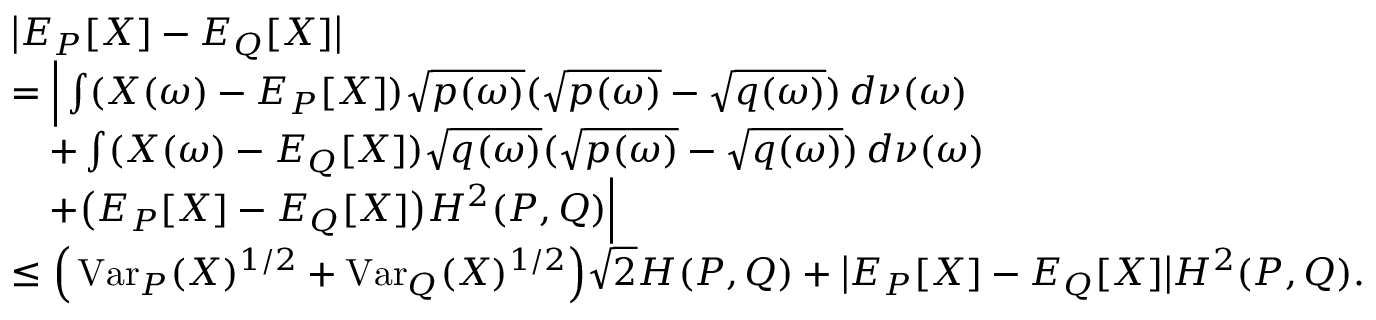
\begin{array} { r l } & { \big | E _ { P } [ X ] - E _ { Q } [ X ] \big | } \\ & { = \Big | \int ( X ( \omega ) - E _ { P } [ X ] ) \sqrt { p ( \omega ) } ( \sqrt { p ( \omega ) } - \sqrt { q ( \omega ) } ) \, d \nu ( \omega ) } \\ & { \quad + \int ( X ( \omega ) - E _ { Q } [ X ] ) \sqrt { q ( \omega ) } ( \sqrt { p ( \omega ) } - \sqrt { q ( \omega ) } ) \, d \nu ( \omega ) } \\ & { \quad + \big ( E _ { P } [ X ] - E _ { Q } [ X ] \big ) H ^ { 2 } ( P , Q ) \Big | } \\ & { \leq \Big ( \operatorname { V a r } _ { P } ( X ) ^ { 1 / 2 } + \operatorname { V a r } _ { Q } ( X ) ^ { 1 / 2 } \Big ) \sqrt { 2 } H ( P , Q ) + \big | E _ { P } [ X ] - E _ { Q } [ X ] \big | H ^ { 2 } ( P , Q ) . } \end{array}